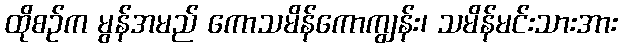
ထိုစဉ်က မွန်အမည် ကောသမိန်ကောကျွန်း၊ သမိန်မင်းသားအား